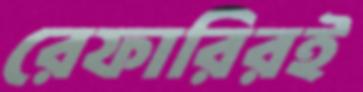
রেফারিরই